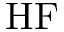
\mathrm { H F }